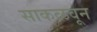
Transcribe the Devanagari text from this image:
साकळवून